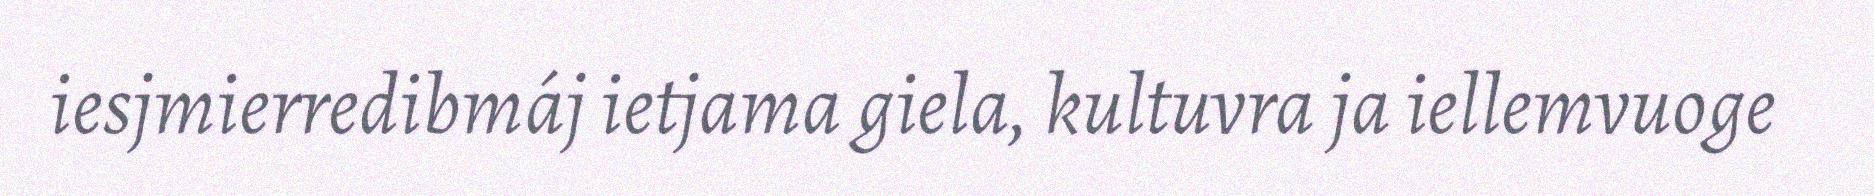
iesjmierredibmáj ietjama giela, kultuvra ja iellemvuoge